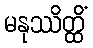
မနုဿိတ္ထိံ